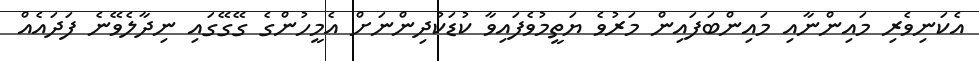
އެކަނިވެރި މައިންނާއި މައިންބަފައިން މަރުވެ ޔަތީމުވެފައިވާ ކުޑަކުދިންނަށް އެމީހުންގެ ގޭގޭގައި ނިދާލެވޭނެ ފަދައެއް